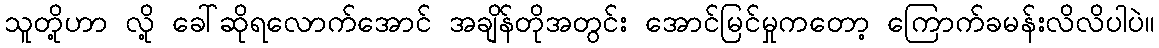
သူတို့ဟာ လို့ ခေါ်ဆိုရလောက်အောင် အချိန်တိုအတွင်း အောင်မြင်မှုကတော့ ကြောက်ခမန်းလိလိပါပဲ။